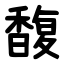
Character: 馥